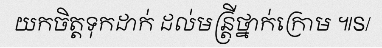
យកចិត្តទុកដាក់ ដល់មន្ត្រីថ្នាក់ក្រោម ៕S/